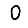
Digit: 0